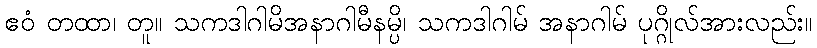
ဧဝံ တထာ၊ တူ။ သကဒါဂါမိအနာဂါမီနမ္ပိ၊ သကဒါဂါမ် အနာဂါမ် ပုဂ္ဂိုလ်အားလည်း။